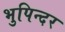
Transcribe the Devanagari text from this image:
भुपिन्दर